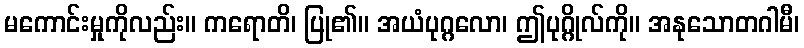
မကောင်းမှုကိုလည်း။ ကရောတိ၊ ပြု၏။ အယံပုဂ္ဂလော၊ ဤပုဂ္ဂိုလ်ကို။ အနုသောတဂါမီ၊